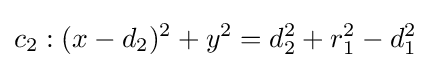
c_{2}:(x-d_{2})^{2}+y^{2}=d_{2}^{2}+r_{1}^{2}-d_{1}^{2}